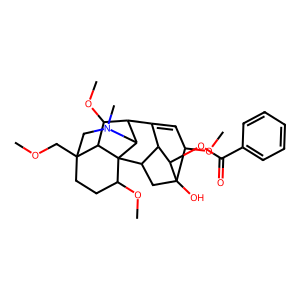
SMILES: COCC12CCC(OC)C34C5CC6(O)C(OC)C=C(C5C6OC(=O)c5ccccc5)C(C(OC)C13)C4N(C)C2
Inhibits HIV replication: No